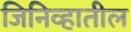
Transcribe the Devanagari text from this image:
जिनिव्हातील